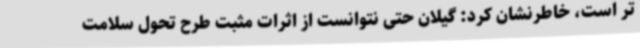
تر است، خاطرنشان کرد: گیلان حتی نتوانست از اثرات مثبت طرح تحول سلامت